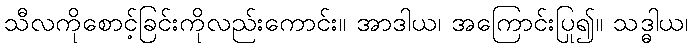
သီလကိုစောင့်ခြင်းကိုလည်းကောင်း။ အာဒါယ၊ အကြောင်းပြု၍။ သဒ္ဓါယ၊